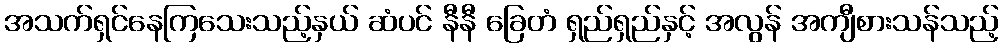
အသက်ရှင်နေကြသေးသည့်နှယ် ဆံပင် နီနီ ခြေတံ ရှည်ရှည်နှင့် အလွန် အကျီစားသန်သည့်